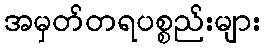
အမှတ်တရပစ္စည်းများ